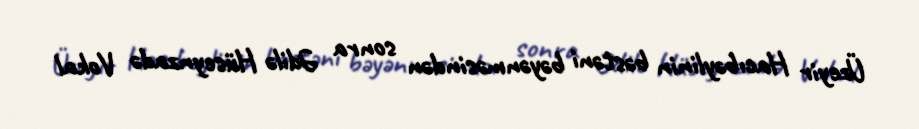
Üzeyir Hacıbəylinin bəstəni bəyənməsindən sonra Ədilə Hüseynzadə Vokal